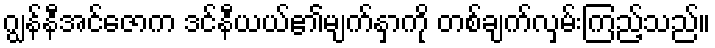
ဂျွန်နီအင်ဇောက ဒင်နီယယ်၏မျက်နှာကို တစ်ချက်လှမ်းကြည့်သည်။